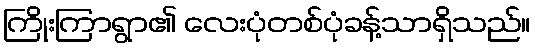
ကြိုးကြာရွာ၏ လေးပုံတစ်ပုံခန့်သာရှိသည်။